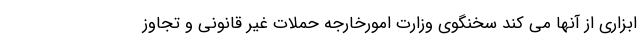
ابزاری از آنها می کند سخنگوی وزارت امورخارجه حملات غیر قانونی و تجاوز